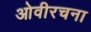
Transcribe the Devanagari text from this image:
ओवीरचना